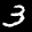
Label: 3